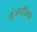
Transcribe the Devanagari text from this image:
मुंजपत्रिका